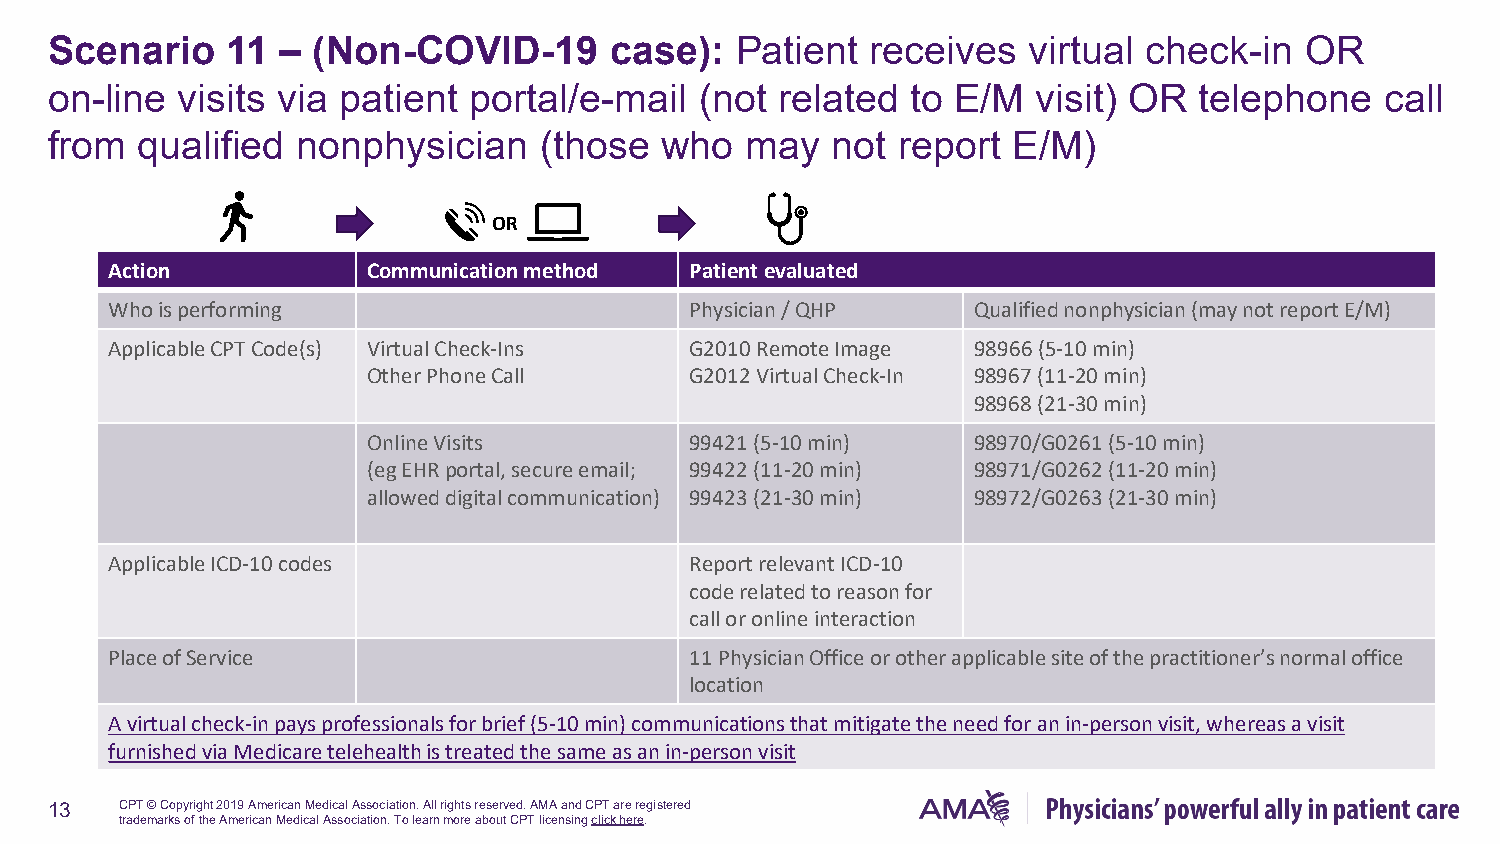
Scenario    11 –  (Non-COVID-19      case):   Patient  receives  virtual check-in  OR
 on-line  visits via patient portal/e-mail  (not  related to E/M   visit) OR telephone    call
 from  qualified  nonphysician    (those  who  may   not report  E/M)
 OR
 Action           Communication method  Patientevaluated
 Who is performing                      Physician / QHP   Qualifiednonphysician (may not report E/M)
 ApplicableCPT Code(s) Virtual Check-Ins G2010 Remote Image 98966 (5-10 min)
 Other PhoneCall       G2012 Virtual Check-In 98967 (11-20 min)
 98968 (21-30 min)
 Online Visits         99421 (5-10 min)  98970/G0261 (5-10 min)
 (egEHRportal, secure email; 99422 (11-20 min) 98971/G0262 (11-20 min)
 allowed digital communication) 99423 (21-30 min) 98972/G0263 (21-30 min)
 Applicable ICD-10 codes                Report relevant ICD-10
 code related to reason for
 call or online interaction
 Place of Service                       11 Physician Office or other applicable site of the practitioner’s normal office
 location
 A virtual check-in pays professionals for brief (5-10 min) communications that mitigate the need for an in-person visit, whereasa visit
 furnished via Medicare telehealth is treated the same as an in-person visit
 13   CPT © Copyright 2019 American Medical Association. All rights reserved. AMA and CPT are registered
 trademarks of the American Medical Association. To learn more about CPT licensingclick here.